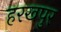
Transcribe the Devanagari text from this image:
हरखपुर